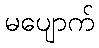
မပျောက်